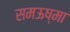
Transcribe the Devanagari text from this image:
समऊष्मा